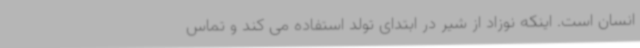
انسان است. اینکه نوزاد از شیر در ابتدای تولد استفاده می کند و تماس